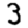
Digit: 3